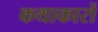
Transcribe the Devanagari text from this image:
कथाकारों